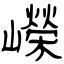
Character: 嶸